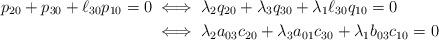
LaTeX: \begin{align*}p_{20} + p_{30} + \ell_{30} p_{10 }=0 &\iff \lambda_2 q_{20} + \lambda_3 q_{30} + \lambda_1 \ell_{30} q_{10 } =0\\&\iff \lambda_2 a_{03} c_{20} + \lambda_3 a_{01} c_{30} + \lambda_1 b_{03} c_{10 } =0\end{align*}